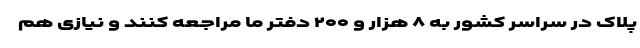
پلاک در سراسر کشور به ۸ هزار و ۲۰۰ دفتر ما مراجعه کنند و نیازی هم